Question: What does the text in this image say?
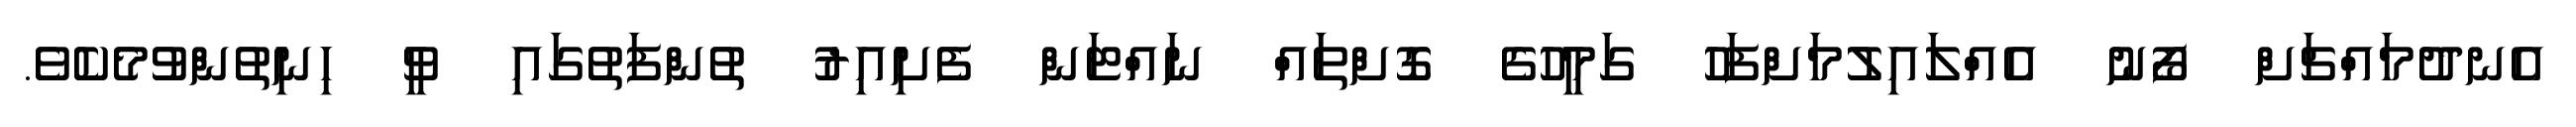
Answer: އެނދުމައްޗަށް ފޯނު އެއްލައިލުމަށްފަހު ގަމީހުގެ ގޮށްތައް ނައްޓަން ފެށިއިރު ތުންފަތުގައި ވީ ހިނިތުންވުމެކެވެ.